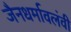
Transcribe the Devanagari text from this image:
जैनधर्मावलंवी